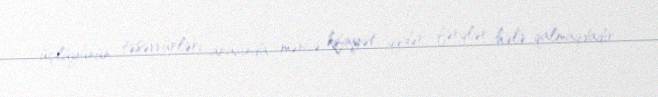
üçlüyünün təsəvvürləri arasında məncə, kifayət qədər fərqlər hələ qalmaqdadır.